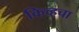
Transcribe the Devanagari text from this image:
किव्हचा